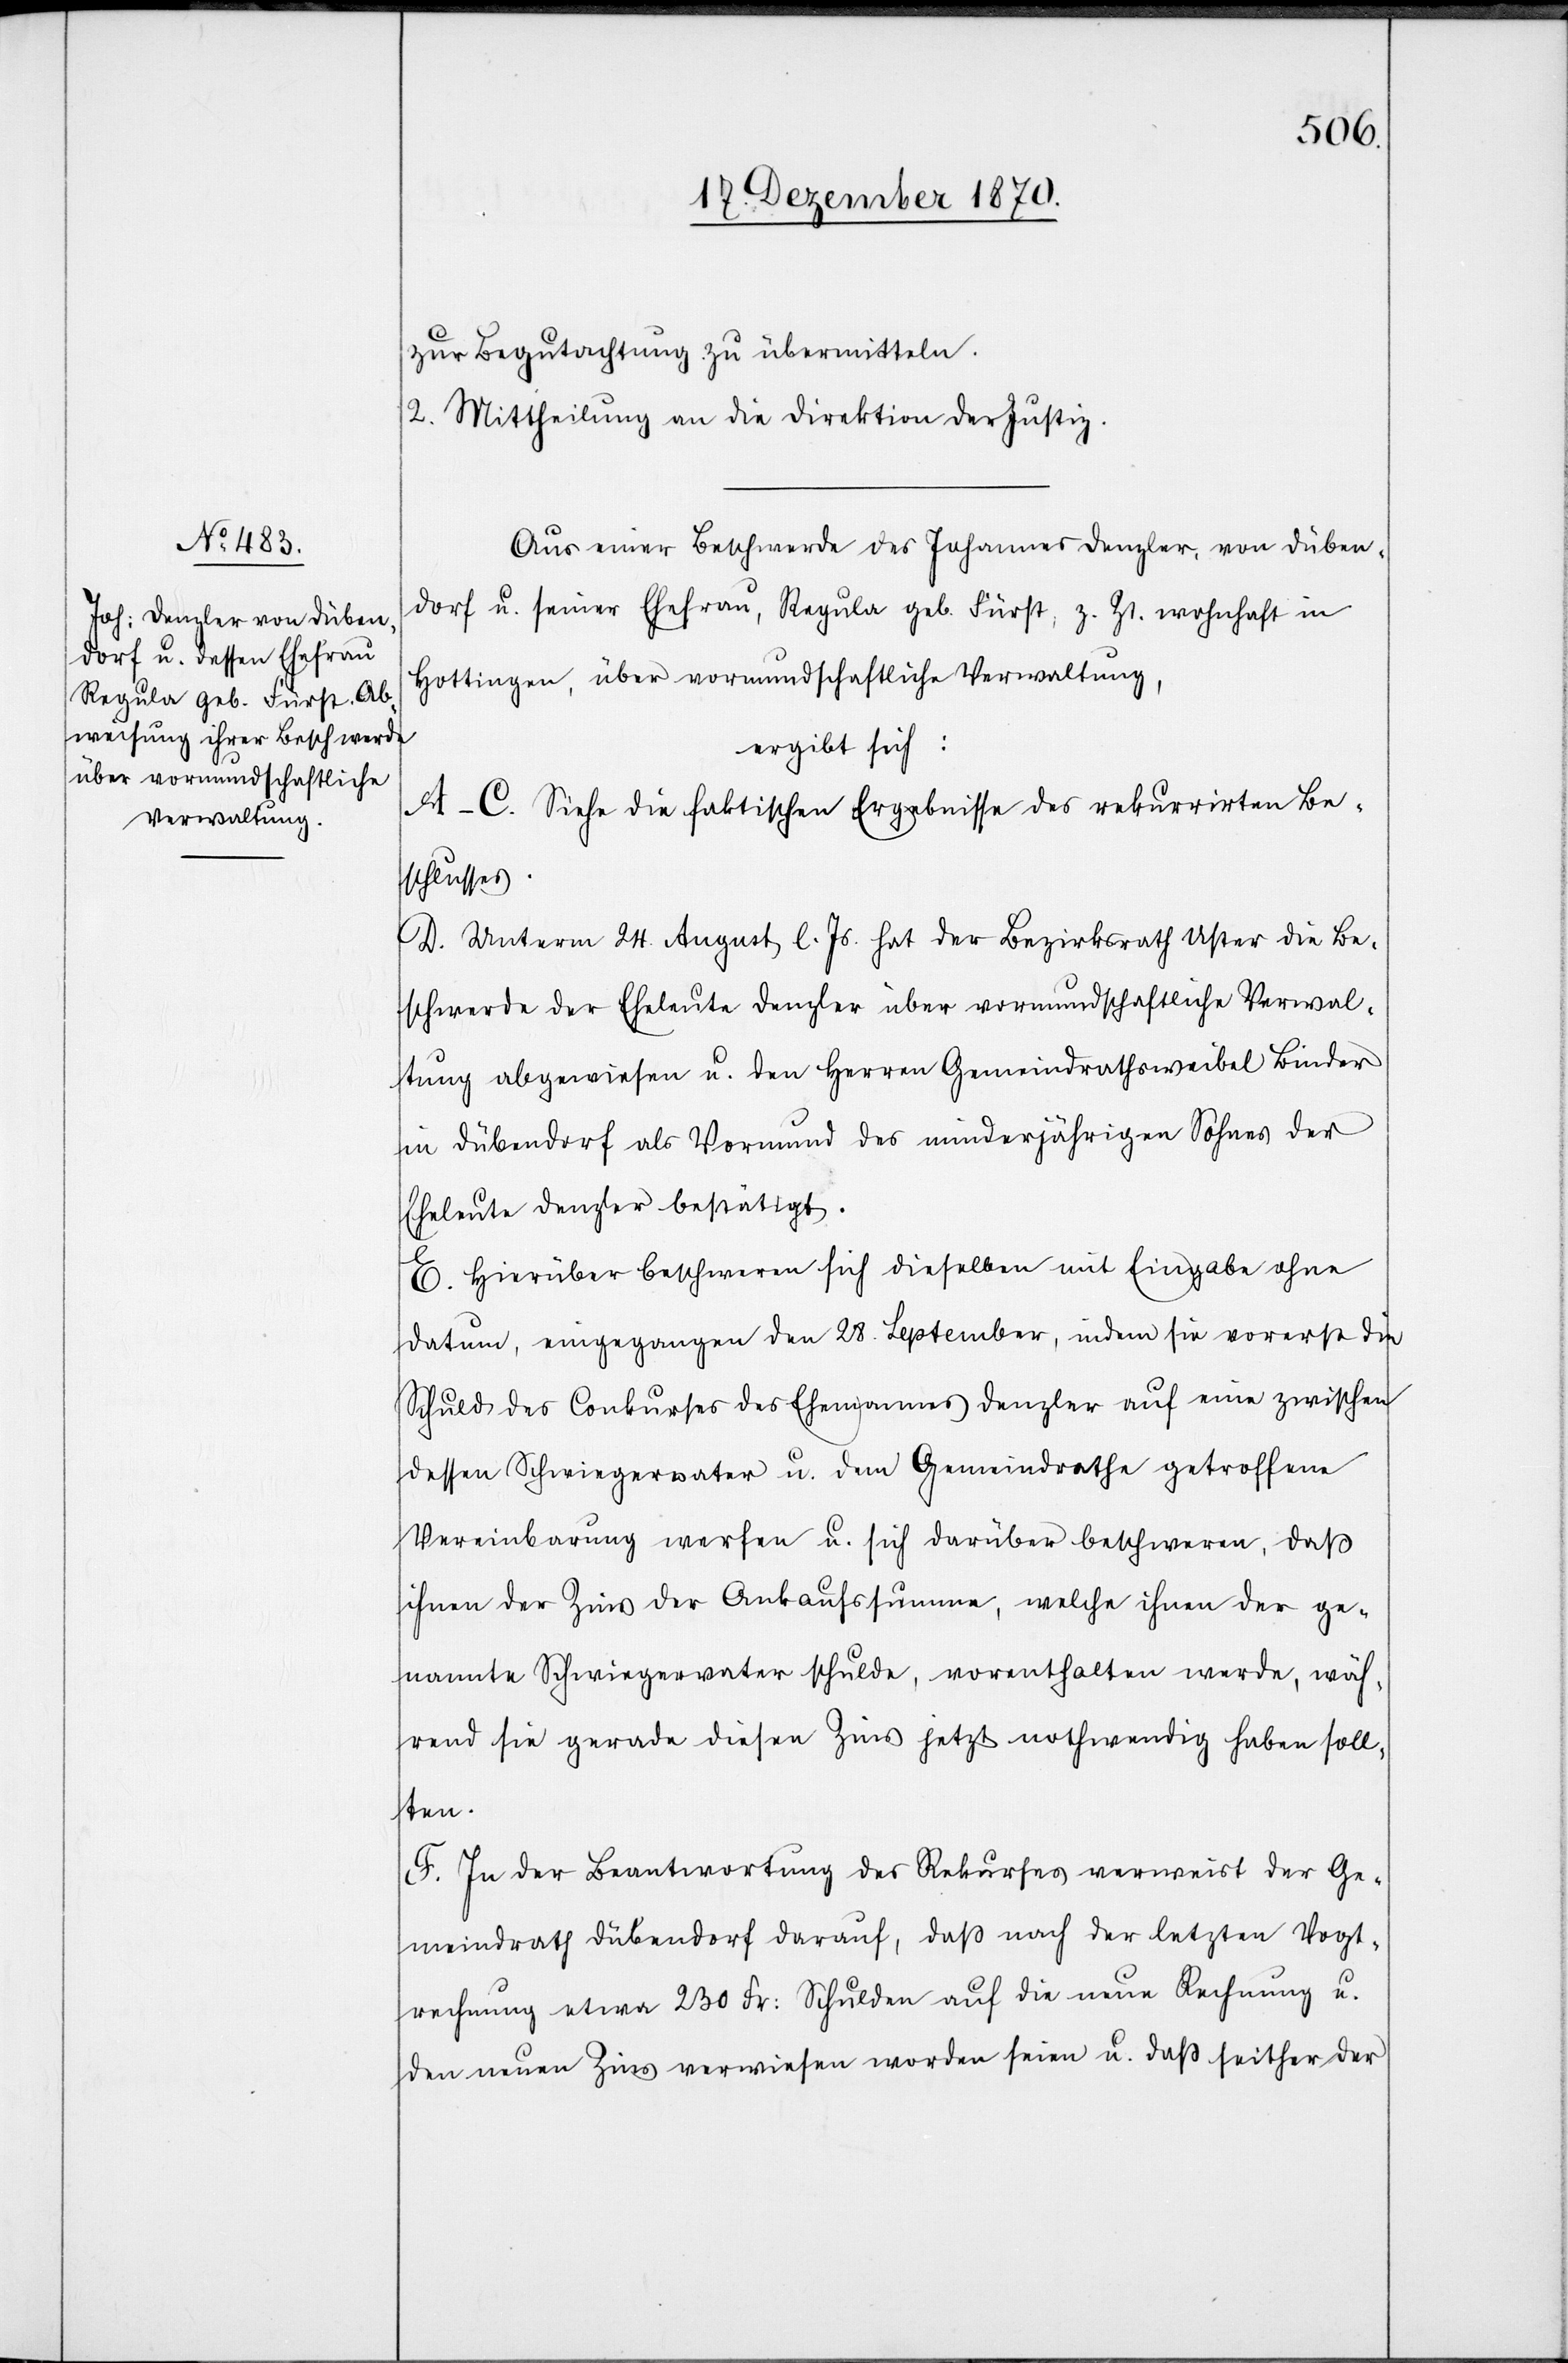
zur Begutachtung zu übermitteln.
2. Mittheilung an die Direktion der Justiz.
Aus einer Beschwerde des Johannes Denzler, von Düben¬
dorf u. seiner Ehefrau, Regula geb. Fürst, z. Zt. wohnhaft in
Hottingen, über vormundschaftliche Verwaltung,
ergibt sich:
A–C. Siehe die faktischen Ergebnisse des rekurrirten Be¬
schlusses.
D. Unterm 24. August l. Js. hat der Bezirksrath Uster die Be¬
schwerde der Eheleute Denzler über vormundschaftliche Verwal¬
tung abgewiesen u. den Herren Gemeindrathsweibel Bieder
in Dübendorf als Vormund des minderjährigen Sohnes der
Eheleute Denzler bestätigt.
E. Hierüber beschweren sich dieselben mit Eingabe ohne
Datum, eingegangen den 28. September, indem sie vorerst die
Schuld des Conkurses des Ehemannes Denzler auf eine zwischen
dessen Schwiegervater u. dem Gemeindrathe getroffene
Vereinbarung werfen u. sich darüber beschweren, daß
ihnen der Zins der Ankaufsssumme, welche ihnen der ge¬
nannte Schwiegervater schulde, vorenthalten werde, wäh¬
rend sie gerade diesen Zins jetzt nothwendig haben soll¬
ten.
F. In der Beantwortung des Rekurses verweist der Ge¬
meindrath Dübendorf darauf, daß nach der letzten Vogt¬
rechnung etwa 230 Fr: Schulden auf die neue Rechnung u.
den neuen Zins verwiesen worden seien u. daß seither der